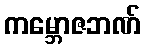
ကမ္ဘောဇဘဏ်